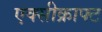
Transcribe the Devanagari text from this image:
एक्सीक्राफ्ट